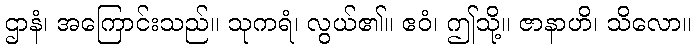
ဌာနံ၊ အကြောင်းသည်။ သုကရံ၊ လွယ်၏။ ဧဝံ၊ ဤသို့။ ဇာနာဟိ၊ သိလော။